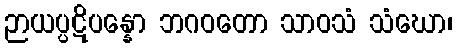
ဉာယပ္ပဋိပန္နော ဘဂဝတော သာဝသံ သံဃော၊